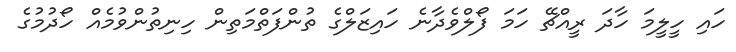
ހައި ހީލީމަ ހާދަ ރީއްޗޭ ހަމަ ފޯލްވެދާނެ ހައިޒަލްގެ ތުންފަތްމަތިން ހިނިތުންވުމެއް ހޯދުމުގެ